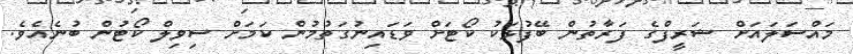
މައްސަލައަށް ޝަރީފްގެ ފަރާތުން ބޭފުޅަކު ކޯޓަށް ވަޑައިނުގަތުމުން ކަމަށް ސިވިލް ކޯޓުން ބުނެއެވެ.